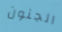
الجنون